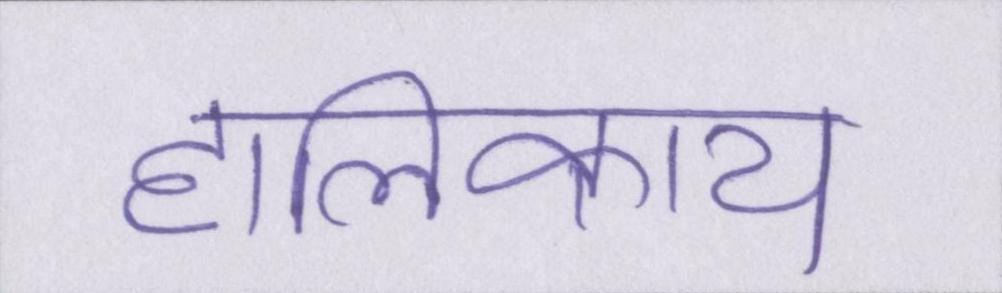
हालिकाय